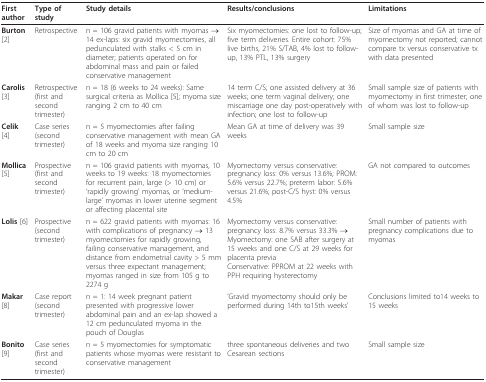
<table><thead><tr><td><b>First author</b></td><td><b>Type of study</b></td><td><b>Study details</b></td><td><b>Results/conclusions</b></td><td><b>Limitations</b></td></tr></thead><tbody><tr><td><b>Burton </b>[2]</td><td>Retrospective</td><td>n = 106 gravid patients with myomas → 14 ex-laps: six gravid myomectomies, all pedunculated with stalks &lt; 5 cm in diameter; patients operated on for abdominal mass and pain or failed conservative management</td><td>Six myomectomies: one lost to follow-up; five term deliveries. Entire cohort: 75% live births, 21% S/TAB, 4% lost to follow-up, 13% PTL, 13% surgery</td><td>Size of myomas and GA at time of myomectomy not reported; cannot compare tx versus conservative tx with data presented</td></tr><tr><td><b>Carolis </b>[3]</td><td>Retrospective (first and second trimester)</td><td>n = 18 (6 weeks to 24 weeks): Same surgical criteria as Mollica [5]; myoma size ranging 2 cm to 40 cm</td><td>14 term C/S; one assisted delivery at 36 weeks; one term vaginal delivery; one miscarriage one day post-operatively with infection; one lost to follow-up</td><td>Small sample size of patients with myomectomy in first trimester; one of whom was lost to follow-up</td></tr><tr><td><b>Celik </b>[4]</td><td>Case series (second trimester)</td><td>n = 5 myomectomies after failing conservative management with mean GA of 18 weeks and myoma size ranging 10 cm to 20 cm</td><td>Mean GA at time of delivery was 39 weeks</td><td>Small sample size</td></tr><tr><td><b>Mollica </b>[5]</td><td>Prospective (first and second trimester)</td><td>n = 106 gravid patients with myomas, 10 weeks to 19 weeks: 18 myomectomies for recurrent pain, large (&gt; 10 cm) or &#x27;rapidly growing&#x27; myomas, or &#x27;medium-large&#x27; myomas in lower uterine segment or affecting placental site</td><td>Myomectomy versus conservative: pregnancy loss: 0% versus 13.6%; PROM: 5.6% versus 22.7%; preterm labor: 5.6% versus 21.6%; post-C/S hyst: 0% versus 4.5%</td><td>GA not compared to outcomes</td></tr><tr><td><b>Lolis </b>[6]</td><td>Prospective (second trimester)</td><td>n = 622 gravid patients with myomas: 16 with complications of pregnancy → 13 myomectomies for rapidly growing, failing conservative management, and distance from endometrial cavity &gt; 5 mm versus three expectant management; myomas ranged in size from 105 g to 2274 g</td><td>Myomectomy versus conservative: pregnancy loss: 8.7% versus 33.3% → Myomectomy: one SAB after surgery at 15 weeks and one C/S at 29 weeks for placenta previaConservative: PPROM at 22 weeks with PPH requiring hysterectomy</td><td>Small number of patients with pregnancy complications due to myomas</td></tr><tr><td><b>Makar </b>[8]</td><td>Case report (second trimester)</td><td>n = 1: 14 week pregnant patient presented with progressive lower abdominal pain and an ex-lap showed a 12 cm pedunculated myoma in the pouch of Douglas</td><td>&#x27;Gravid myomectomy should only be performed during 14th to15th weeks&#x27;</td><td>Conclusions limited to14 weeks to 15 weeks</td></tr><tr><td><b>Bonito </b>[9]</td><td>Case series (first and second trimester)</td><td>n = 5 myomectomies for symptomatic patients whose myomas were resistant to conservative management</td><td>three spontaneous deliveries and two Cesarean sections</td><td>Small sample size</td></tr></tbody></table>